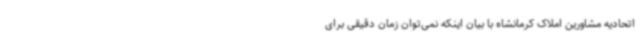
اتحادیه مشاورین املاک کرمانشاه با بیان اینکه نمی‌توان زمان دقیقی برای